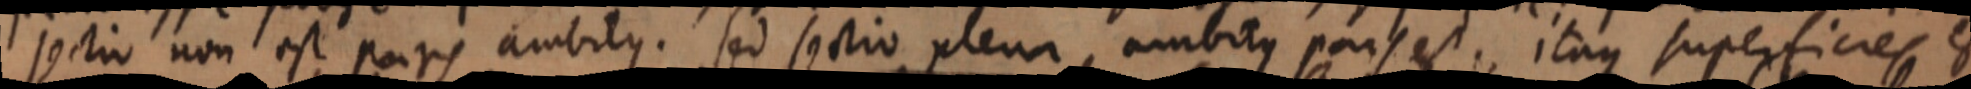
sectio non est pars ambitus. sed sectio plena, ambitus pars est. itaque superficies, e